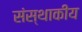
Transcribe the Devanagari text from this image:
संस्थाकीय